Report on horse surra - Volume I
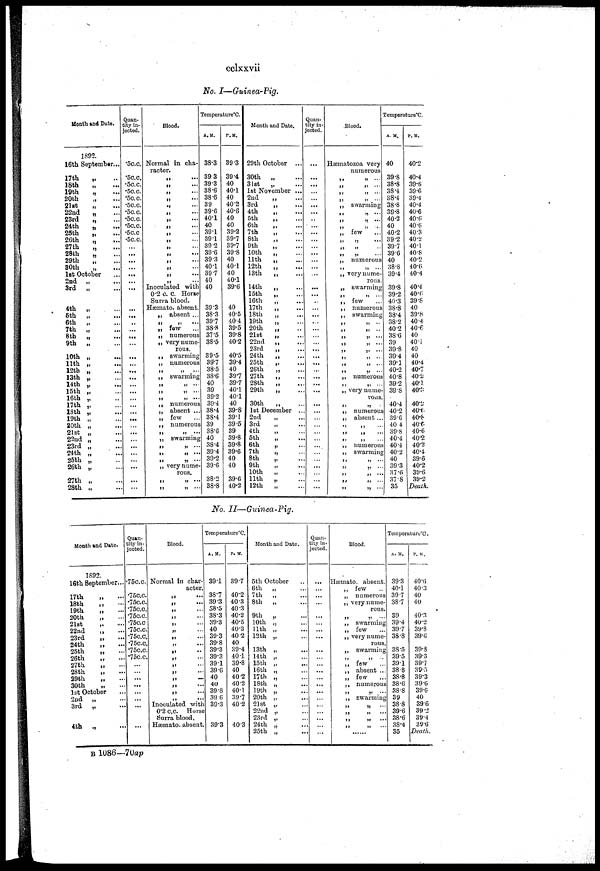
cclxxvii
No. I—Guinea-Pig.
Month and Date.
1892.
16th September...
17th
„
18th
„
19th
„
20th
„
21st „
22nd
„
23rd
„
24th
„
25th
„
26th
„
27th
„
28th
„
29th
„
30th
„
1st October
2nd „
3rd
„
4th
„
5th
„
6th
„
7th „
8th „
9th
„
10th „
11th „
12th „
13th „
14th „
15th „
16th „
17th „
18th „
19th „
20th „
21st „
22nd „
23rd „
24th „
25th „
26th „
27th „
28th „
Quan-
tity in-
jected.
.5c.c.
.5c. c.
.5c. c.
.5c. c.
.5c. c.
.5c. c.
.5c. c.
.5c. c.
.5c. c
.5c. c
.5c. c.
...
...
...
...
...
...
...
...
...
...
...
...
...
...
...
...
...
...
...
...
...
...
...
...
...
...
...
...
...
...
...
...
...
...
...
Blood.
Normal in cha-
racter.
„ „ ...
„ „ ...
„ „ ...
„ „ ...
„ „ ...
„ „ ...
„ „ ...
„ „ ...
„
„ „ ...
„ „ ...
„ „ ...
„ „ ...
„ „ ...
„ „ ...
„ „ ...
Inoculated with
0.2 c. c. Horse
Surra blood.
Hæmato. absent.
„ absent ...
„ „ ...
„ few
„ numerous
„ very nume-
rous.
„ swarming
„ numerous
„ „ ...
„ swarming
„ „ ...
„ „ ...
„ „ ...
„ numerous
„ absent ..
„ few
„ numerous
„ „ ...
„ swarming
„ „ ...
„ „ ...
„ „ ...
„ very nume¬
rous.
„ „ ...
„ „ ...
Temperature°C.
A.M.
38.3
39.3
39.3
38.6
38.6
39
39.6
40.1
40
39.1
39.1
39.2
39.6
39.3
40.1
39.7
40
40
39.3
38.3
39.7
38.8
37.5
38.5
39.5
39.7
38.5
38.6
40
39
39.2
39.4
38.4
38.4
39
38.6
40
38.4
39.4
39.2
39.6
38.2
38.8
P.M.
39.3
39.4
40
40.1
40
40.2
40.6
40
40
39.2
39.7
39.7
39.8
40
40.1
40
40.1
39.6
40
40.5
40.4
39.5
39.8
40.2
40.5
39.4
40
39.7
39.7
40.1
40.1
40
39.8
39.1
39.5
39
39.8
39.8
39.6
40
40
39.6
40.2
Month and Date.
29th October ...
30th
31st
„
...
„ ...
1st November ...
2nd
3rd
4th
5th
6th
7th
8th
9th
10th
11th
12th
13th
14th
15th
16th
17th
18th
19th
20th
21st
22nd
23rd
24th
25th
26th
27th
28th
29th
30th
„ ...
„ ...
„ ...
„ ...
„ ...
„ ...
„ ...
„ ...
„ ...
„ ...
„ ...
„ ...
„ ...
„
....
„ ...
„ ...
Quan-
tity in-
jected.
...
...
...
...
...
...
...
...
...
...
...
...
...
...
...
...
...
...
...
...
„ ... ...
„ ... ...
„ ...
„ ...
„ ...
„ ...
„ ...
„ ...
„ ...
„ ...
„ ...
„ ...
„ ...
„ ...
„ ...
1st December ..
2nd
3rd
4th
5th
6th
7th
8th
9th
10th
11th
12th
„ ...
„ ...
„ ...
„ ...
„ ...
„ ...
„ ...
„ ...
„ ...
„ ...
„ ...
...
...
...
...
...
...
...
...
...
...
...
...
...
...
...
...
...
...
...
...
...
...
...
...
...
Blood.
Hæmatozoa very
numerous
„ „ ...
„ „ ...
„ „ ...
„ „ ...
„ swarming
„ „ ...
„ „ ...
„ „ ...
„ few
„ „ ...
„ „ ...
„ „ ...
„ numerous
„ „ ...
„ very nume-
rous.
„ swarming
„ few
„ numerous
„ swarming
„ „ ...
„ „ ...
„ „ ...
„ „ ...
„ „ ...
„ „ ...
„ „ ...
„ „ ...
„ numerous
„ „ ...
„ very nume-
rous.
„ „ ...
„ numerous
„ absent ..
„ „ ...
„ „ ...
„ „ ...
„ numerous
„ swarming
„ „ ...
„ „ ...
„ „ ...
„ „ ...
„ „ ...
Temperature°C.
A. M.
40
39.8
38.8
38.4
38.4
38.8
39.8
40.2
40
40.2
39.2
39.7
39.6
40
38.8
39.4
39.8
39.2
40.3
38.8
38.4
38.2
40.2
38.6
39
39.8
39.4
39.1
40.2
40.8
39.2
39.8
40.4
40.2
39.6
40.4
39.8
40.4
40.4
40.2
40
39.3
37.6
37.8
35
P.M.
40.2
40.4
39.6
39.6
39.4
40.4
40.6
40.6
40.6
40.3
40.2
40.1
40.8
40.2
40.6
40.4
40.4
40.6
39.8
40
39.8
40.4
40.6
40
40.1
40
40
40.4
40.7
40.2
40.1
40.3
40.2
40.6
40.8
40.6
40.6
40.2
40.2
40.4
39.6
40.2
39.6
39.2
Death.
No. II—Guinea-Pig.
Month and Date.
1892.
16th September...
17th „ ...
18th „ ...
19th „ ...
20th „ ...
21st „ ...
22nd „ ...
23rd „ ...
24th „ ...
25th „ ...
26th „ ...
27th „ ...
28th „ ...
29th „ ...
30th „ ...
1st October
2nd „ ...
3rd „ ...
4th „ ...
Quan-
tity in-
jected.
.75c.c.
.75c.c.
.75c.c.
.75c.c.
.75c.c.
.75c.c
.75c.c.
.75c.c.
.75c.c.
.75c.c.
.75c.c.
...
...
...
...
...
...
...
Blood.
Normal in char-
acter.
„ ...
„ ...
„ ...
„ ...
„ ...
„ ...
„ ...
„ ...
„ ...
„ ...
„ ...
„ ...
„ ...
„ ...
„ ...
„ ...
Inoculated with
0.2 c.c. Horse
Surra blood.
Hæmato. absent.
Temperature°C.
A.M.
39.1
38.7
39.3
38.5
38.3
39.3
40
39.3
39.8
39.3
39.3
39.1
39.6
40
40
39.8
39.6
39.3
39.3
P.M.
39.7
40.2
40.3
40.3
40.2
40.5
40.3
40.2
40
39.4
40.1
39.8
40
40.2
40.2
40.1
39.7
40.2
40.3
Month and Date.
5th October
6th „ ...
7th „ ...
8th „ ...
9th „ ...
10th „ ...
11th „ ...
12th „ ...
13th „ ...
14th „ ...
15th „ ...
16th „ ...
17th „ ...
18th „ ...
19th „ ...
20th „ ...
21st „ ...
22nd „ ...
23rd „
24th „ ...
25th „ ...
Quan-
tity in-
jected.
...
...
...
...
...
...
...
...
...
...
...
...
...
...
...
...
Blood.
Hæmato. absent.
„ few
„ numerous
„ very nume-
rous.
„
„
„ swarming
„ few
„ very nume-
rous.
„ swarming
„
„
„ few
„ absent ...
„ few
„ numerous
„ „ ...
„ swarming
„ „ ...
„ „ ...
„ „ ...
„ „ ...
Temperature°C.
A.M.
39.3
40.1
39.7
38.7
39
39.4
39.7
38.8
38.5
39.5
39.1
38.8
38.8
38.6
38.8
39
38.8
39.6
38.6
38.4
35
P.M.
40.6
40.3
40
40
40.3
40.2
39.3
39.6
39.3
39.3
39.7
39.5
39.3
39.6
39.6
40
39.6
39.2
39.4
39.6
Death.
B 1086—70ap